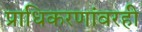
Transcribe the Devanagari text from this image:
प्राधिकरणांवरही